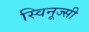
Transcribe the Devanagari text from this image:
स्विनूज्सी